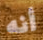
أنه